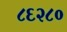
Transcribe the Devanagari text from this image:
८६२८०